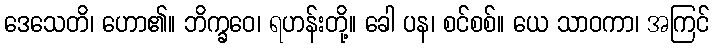
ဒေသေတိ၊ ဟော၏။ ဘိက္ခဝေ၊ ရဟန်းတို့။ ခေါ ပန၊ စင်စစ်။ ယေ သာဝကာ၊ အကြင်